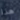
هذا